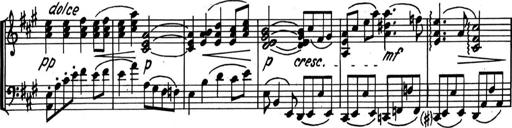
Title: Kleine Sonate
Composer: Raoul Koczalski
Key: C major